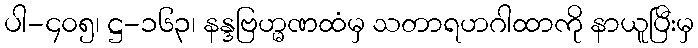
ပါ-၄၀၅၊ ဋ္ဌ-၁၆၃၊ နန္ဒဗြဟ္မဏထံမှ သတာရဟဂါထာကို နာယူပြီးမှ